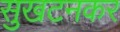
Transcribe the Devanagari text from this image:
सुखटनकर